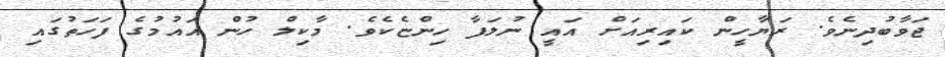
ޖަވާބުދިނެވެ. ރަޔާހީން ކައިރިއަށް އައީ ނުލަފާ ހިންޏެކެވެ. މާކިލް ހުން އައުމުގެ ފަހަތުގައި